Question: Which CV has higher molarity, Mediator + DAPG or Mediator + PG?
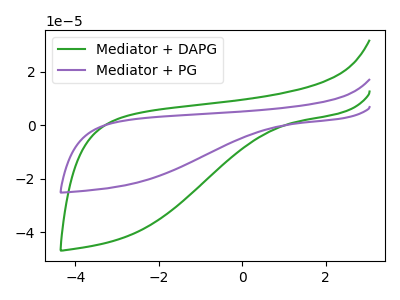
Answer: <think>The green curve "Mediator + DAPG" has no peaks. The purple curve "Mediator + PG" has no peaks.
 Neither "Mediator + DAPG" or "Mediator + PG" have any peaks.</think>
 <answer>I cant tell if "Mediator + DAPG" or "Mediator + PG" has higher concentration.</answer>
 <eval>mixed_concentration</eval>